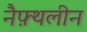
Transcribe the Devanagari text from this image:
नैफ़्थलीन